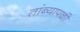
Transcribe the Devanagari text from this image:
तांब्यापळी